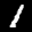
Label: 1